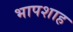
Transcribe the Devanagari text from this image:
भापशाह